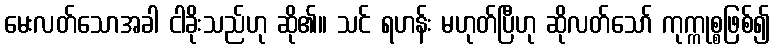
မေးလတ်သောအခါ ငါခိုးသည်ဟု ဆို၏။ သင် ရဟန်း မဟုတ်ပြီဟု ဆိုလတ်သော် ကုက္ကုစ္စဖြစ်၍